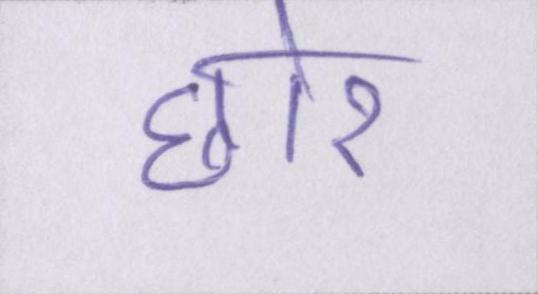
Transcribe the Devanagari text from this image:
छोर